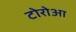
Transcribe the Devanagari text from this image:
टोरोआ